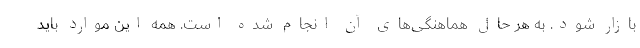
بازار شود. به هر حال هماهنگی‌های آن انجام شده است. همه این موارد باید